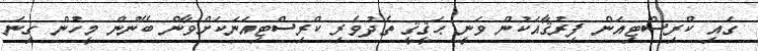
ގައި ކްރިސްޓިއަން ފިރުޤާއަކުން ވަނީ ޙަޤީޤީ ތެދުވެރި ކްރިސްޓިއަނަކަށްވާން ބޭނުން މީހުން ގިނަ